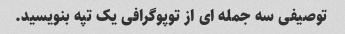
توصیفی سه جمله ای از توپوگرافی یک تپه بنویسید.